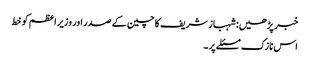
خبر پڑھیں:شہباز شریف کا چین کے صدر اور وزیر اعظم کو خط
اس نازک مسئلے پر ۔